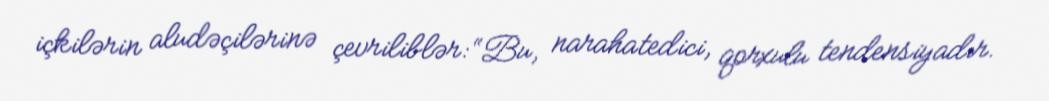
içkilərin aludəçilərinə çevriliblər: “Bu, narahatedici, qorxulu tendensiyadır.